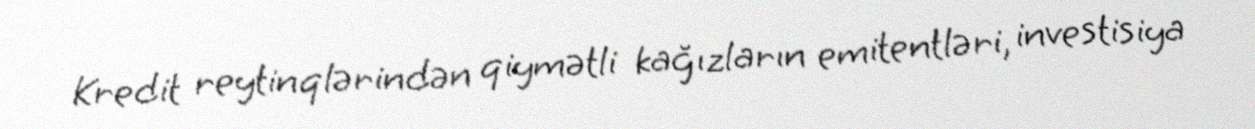
Kredit reytinqlərindən qiymətli kağızların emitentləri, investisiya